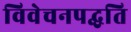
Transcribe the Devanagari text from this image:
विवेचनपद्धति